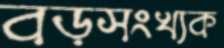
বড়সংখ্যক